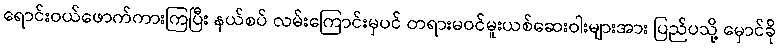
ရောင်းဝယ်ဖောက်ကားကြပြီး နယ်စပ် လမ်းကြောင်းမှပင် တရားမဝင်မူးယစ်ဆေးဝါးများအား ပြည်ပသို့ မှောင်ခို